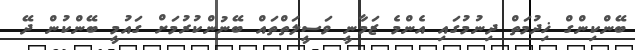
ބޭންކިންގް ޚިދުމަތް ދިނުމުގައި އެންމެ ޒަމާނީ ވަސީލަތްތައް ބޭނުންކުރުމަށް ގައުމީ ބޭންކުން ދޭ